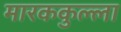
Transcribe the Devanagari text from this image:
मारककुल्ला